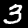
Label: 3